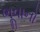
ભૂવાનો